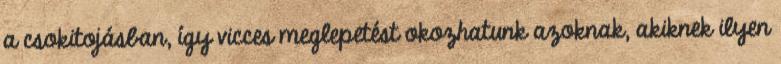
a csokitojásban, így vicces meglepetést okozhatunk azoknak, akiknek ilyen